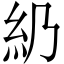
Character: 𥾋